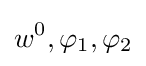
w^{0},\varphi _{1},\varphi _{2}